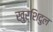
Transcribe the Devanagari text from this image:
खुर्शिदुल